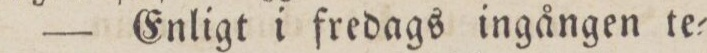
— Enligt i fredags ingången te=